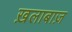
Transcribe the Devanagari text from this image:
ख़लाबाज़